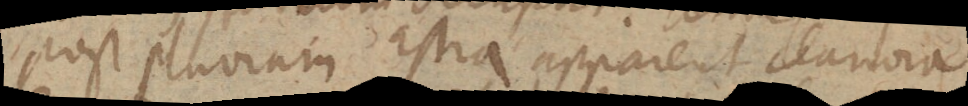
post pluviam astra apparent clariora